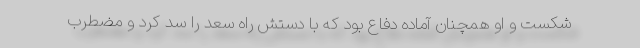
شکست و او همچنان آماده دفاع بود که با دستش راه سعد را سد کرد و مضطرب